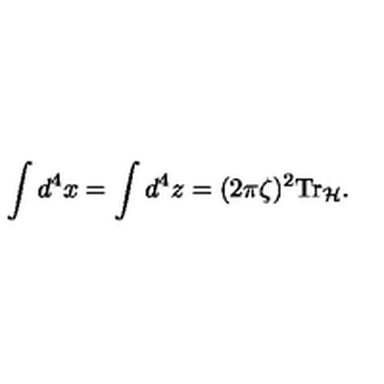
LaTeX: \int d ^ { 4 } x = \int d ^ { 4 } z = ( 2 \pi \zeta ) ^ { 2 } \mathrm { T r } _ { \cal H } .